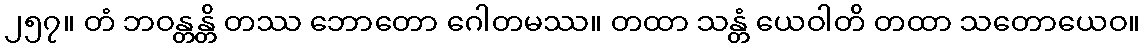
၂၅၇။ တံ ဘဝန္တန္တိ တဿ ဘောတော ဂေါတမဿ။ တထာ သန္တံ ယေဝါတိ တထာ သတောယေဝ။